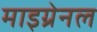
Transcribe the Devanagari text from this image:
माइग्रेनल